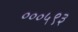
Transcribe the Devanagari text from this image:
०००५९३